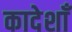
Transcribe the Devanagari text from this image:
कादेशाँ